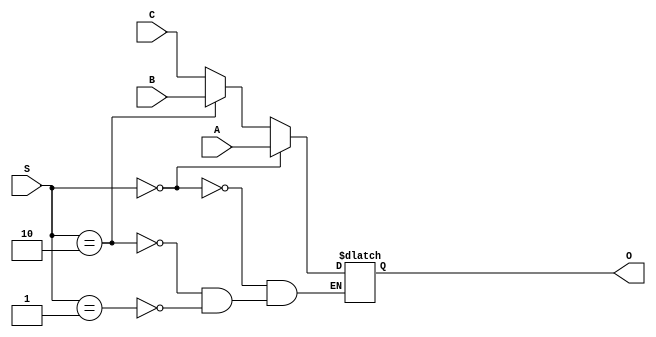
`timescale 1ns / 1ps
//////////////////////////////////////////////////////////////////////////////////
// Company: 
// Engineer: 
// 
// Design Name: 
// Module Name: MUX_4X1
// Project Name: 
// Target Devices: 
// Tool Versions: 
// Description: 
// 
// Dependencies: 
// 
// Revision:
// Revision 0.01 - File Created
// Additional Comments:
// 
//////////////////////////////////////////////////////////////////////////////////


module MUX_4X1(input A, B, C, input [1:0] S, output reg O);
// C01 -> AUIPC,  B10 -> JAL/JALR ,    A00-> rd
always @(*) begin
 
 if (S == 2'b00)   // PC + 4
      O <= A;
  else
  if (S == 2'b10)  // PC in Branch 
       O <= B;
  else 
  if (S == 2'b01) //  JALR
      O <= C;
    end 

endmodule